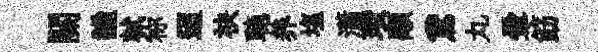
關謐軾称迢袂聴养塩瀟瓚顒鵞丸暈筯